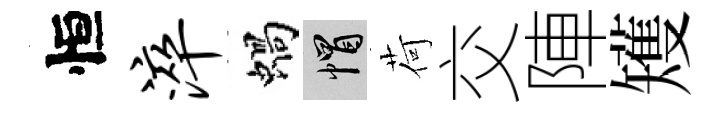
恒淬蝸帽荷交陣矱